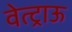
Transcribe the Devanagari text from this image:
वेत्ट्राऊ